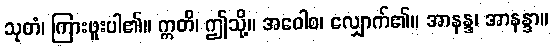
သုတံ၊ ကြားဖူးပါ၏။ ဣတိ၊ ဤသို့။ အဝေါစ၊ လျှောက်၏။ အာနန္ဒ၊ အာနန္ဒာ။